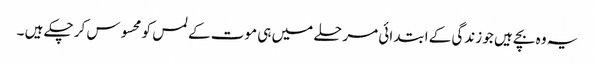
یہ وہ بچے ہیں جو زندگی کے ابتدائی مرحلے میں ہی موت کے لمس کو محسوس کر چکے ہیں ۔